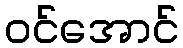
ဝင်အောင်